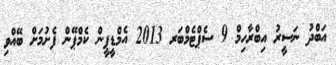
އަބްދު ނަސީރު އިބްރާހިމް 9 ސެޕްޓެމްބަރ 2013 އެމްޑީޕީން ކެމްޕޭން ފެށުމަށް ބޭއްވި